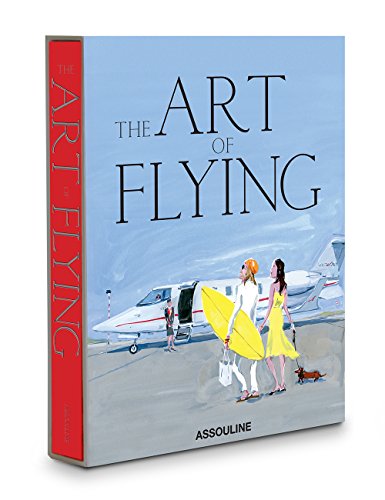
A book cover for Art of Flying: The Golden Decades of Private Air Travel; Josh Condon; Travel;